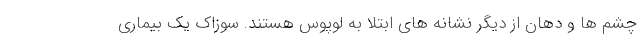
چشم ها و دهان از دیگر نشانه های ابتلا به لوپوس هستند. سوزاک یک بیماری